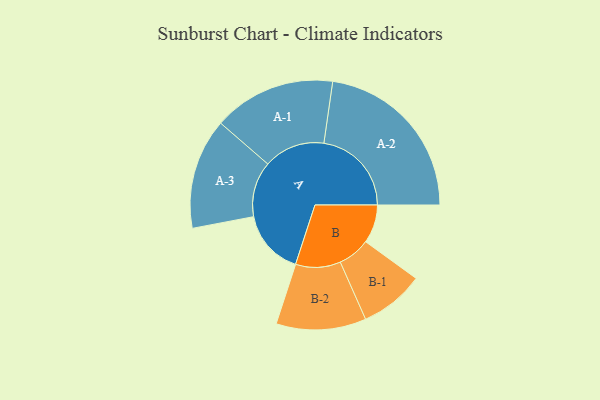
{"axis": {"x": "Segment", "y": "Value"}, "legend": ["", "A", "B"], "data": [{"x": "A", "y": 221, "type": ""}, {"x": "B", "y": 130, "type": ""}, {"x": "A-1", "y": 207, "type": "A"}, {"x": "A-2", "y": 296, "type": "A"}, {"x": "A-3", "y": 187, "type": "A"}, {"x": "B-1", "y": 109, "type": "B"}, {"x": "B-2", "y": 152, "type": "B"}]}